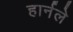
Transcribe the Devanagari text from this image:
हार्नले